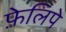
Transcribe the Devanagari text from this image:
फ़ेलिपे